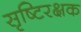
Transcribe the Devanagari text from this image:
सृष्टिरक्षक